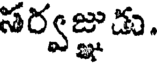
సర్వజ్ఞుడు.